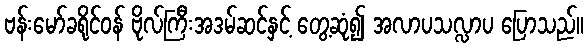
ဗန်းမော်ခရိုင်ဝန် ဗိုလ်ကြီးအဒမ်ဆင်နှင့် တွေ့ဆုံ၍ အလာပသလ္လာပ ပြောသည်။